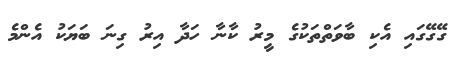
ގޭގޭގައި އެކި ބާވަތްތަކުގެ މީރު ކާނާ ހަދާ އިރު ގިނަ ބަޔަކު އެންމެ